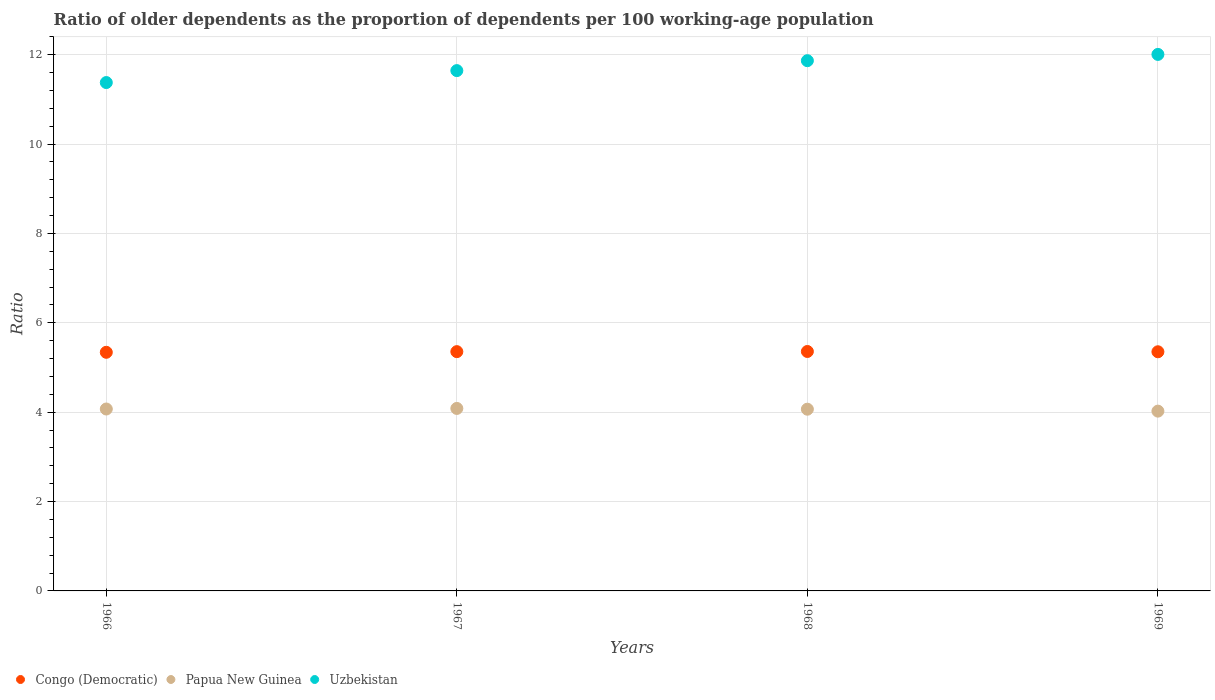
| Years | Congo (Democratic) | Papua New Guinea | Uzbekistan |
 | --- | --- | --- | --- |
 | 1966 | 5.34 | 4.07 | 11.4 |
 | 1967 | 5.35 | 4.08 | 11.6 |
 | 1968 | 5.36 | 4.07 | 11.9 |
 | 1969 | 5.35 | 4.02 | 12 |